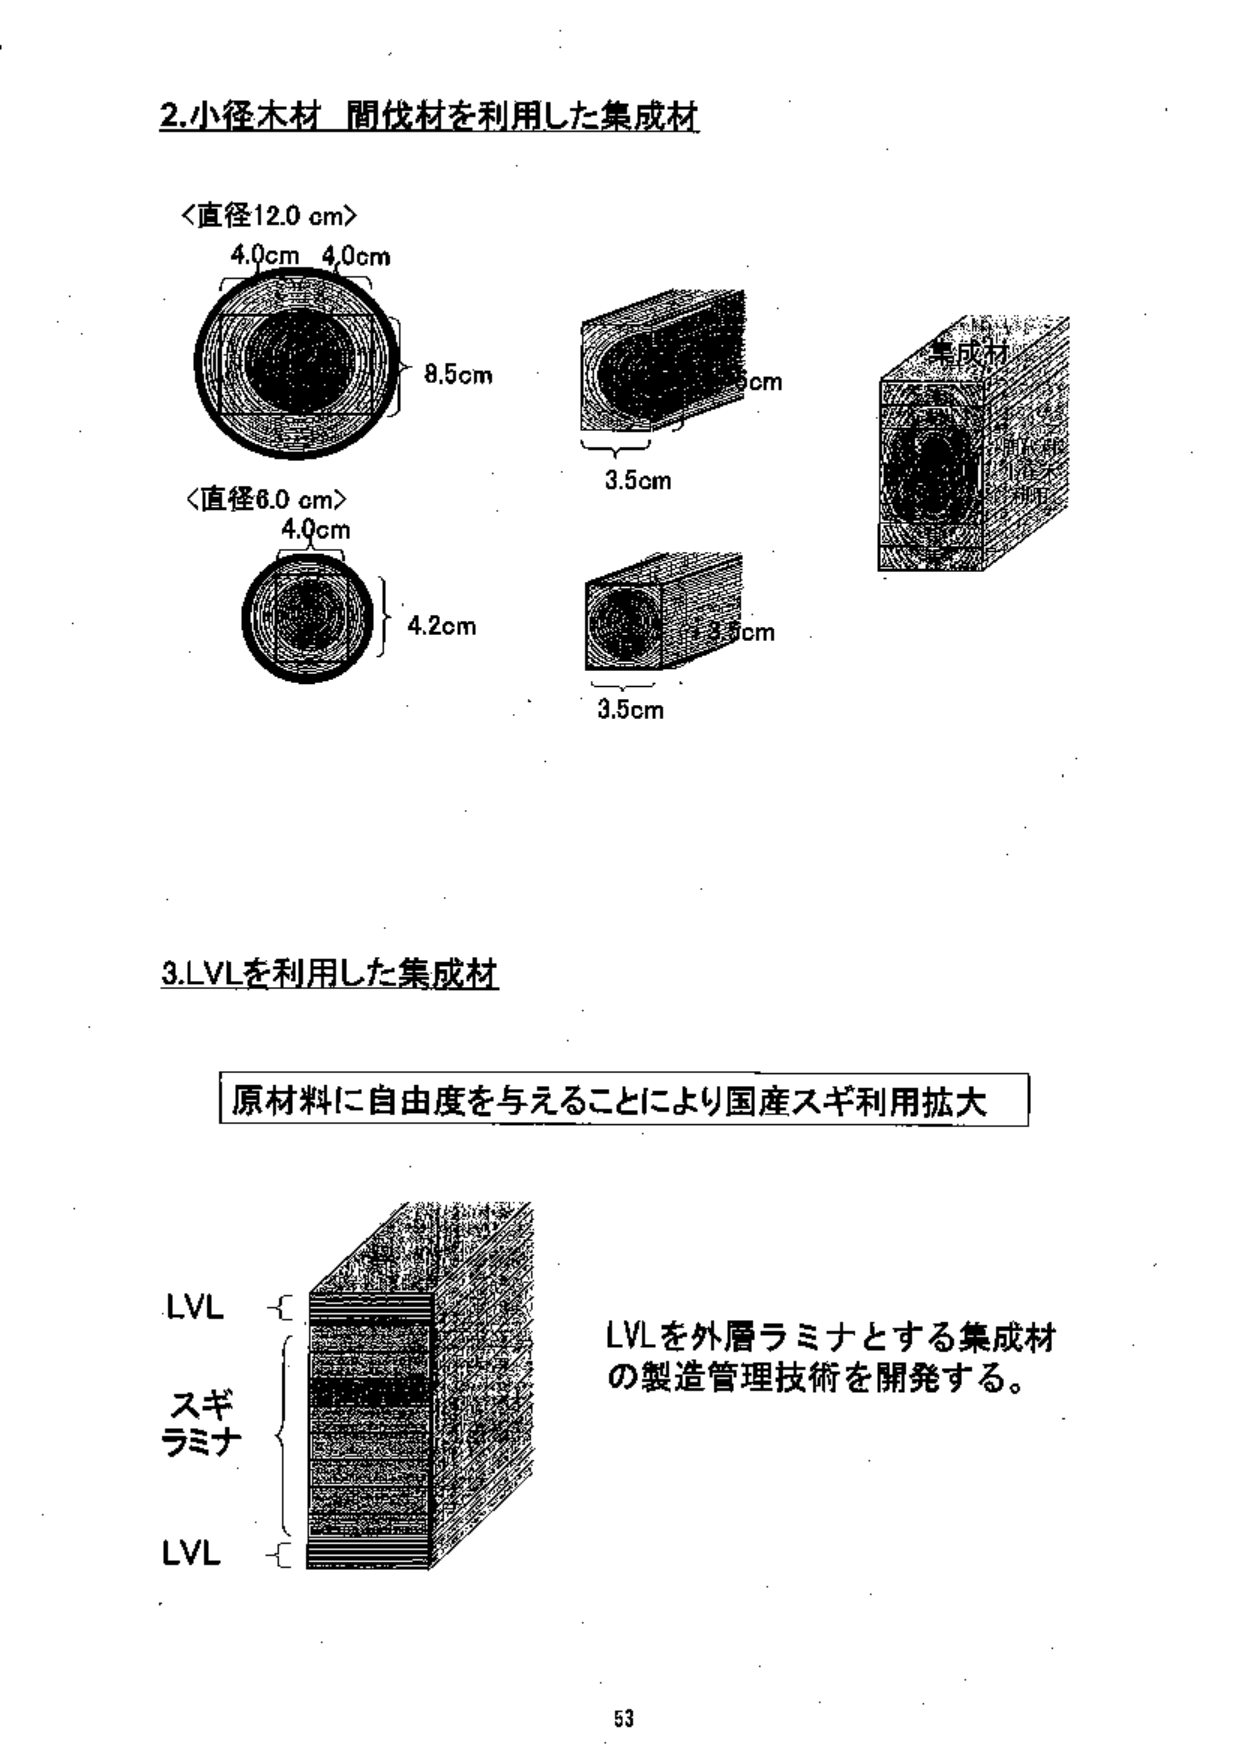
2.小径木材 間伐材を利用した集成材

<直径12.0 cm>
4.0cm 4.0cm
8.5cm
3.5cm
5cm

<直径6.0 cm>
4.0cm
4.2cm
3.5cm
3.5cm

集成材
間伐材
利用

3.LVLを利用した集成材

原材料に自由度を与えることにより国産スギ利用拡大

LVL
スギ
ラミナ
LVL

LVLを外層ラミナとする集成材
の製造管理技術を開発する。

53